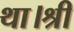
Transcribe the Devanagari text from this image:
था।श्री